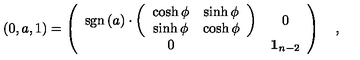
\left( 0 , a , 1 \right) = \left( \begin{array} { c c } { \mathrm { s g n } \left( a \right) \cdot \left( \begin{array} { c c } { \cosh \phi } & { \sinh \phi } \\ { \sinh \phi } & { \cosh \phi } \\ \end{array} \right) } & { 0 } \\ { 0 } & { { \bf 1 } _ { n - 2 } } \\ \end{array} \right) \quad ,